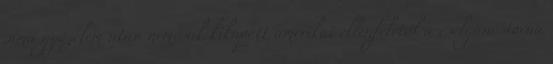
sima győzelem után nemcsak kikapott amerikai ellenfelétől a cselgáncstorna